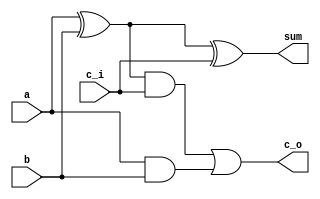
////////////////////////////////////////////////////////////////////////////////
//
// Arrive Technologies
//
// Description  : .
//
// History (Date, Changed By)
//
////////////////////////////////////////////////////////////////////////////////

module full_adder
    (
     a,
     b,
     c_i,
     sum,
     c_o
     );

////////////////////////////////////////////////////////////////////////////////
// Port declarations

input a;
input b;
input c_i;

output sum;
output c_o;

////////////////////////////////////////////////////////////////////////////////
// Output declarations

////////////////////////////////////////////////////////////////////////////////
// Parameter declarations

////////////////////////////////////////////////////////////////////////////////
// Local logic and instantiation

assign sum = a ^ b ^ c_i;
assign c_o = ((a ^ b) & c_i) | (a & b); 

endmodule